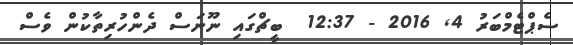
ސެޕްޓެމްބަރު 4